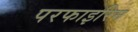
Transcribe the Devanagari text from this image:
परफाइरिन